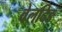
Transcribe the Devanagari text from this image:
वेलदिङ